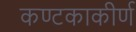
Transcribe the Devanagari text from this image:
कण्टकाकीर्ण